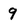
Character: 9